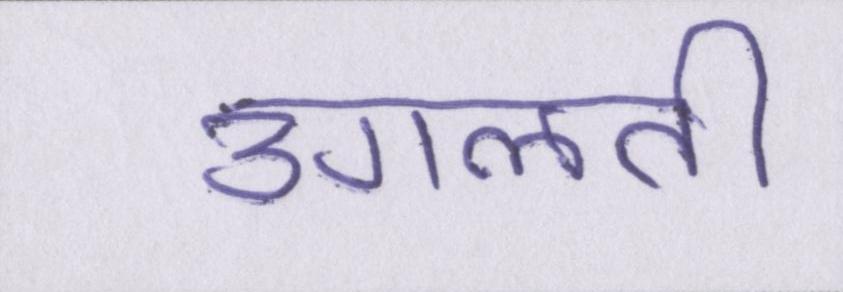
उगलती